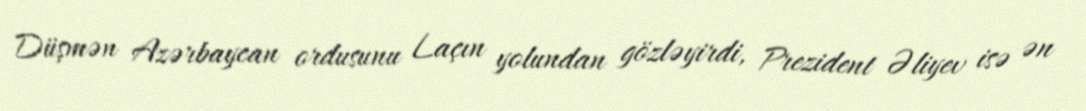
Düşmən Azərbaycan ordusunu Laçın yolundan gözləyirdi, Prezident Əliyev isə ən